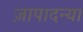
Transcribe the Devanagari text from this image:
ज़ापादन्या